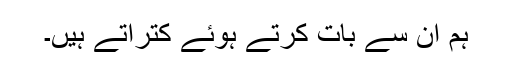
ہم ان سے بات کرتے ہوئے کتراتے ہیں۔